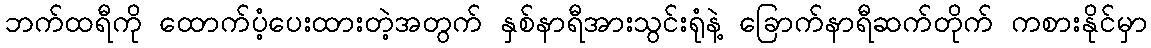
ဘက်ထရီကို ထောက်ပံ့ပေးထားတဲ့အတွက် နှစ်နာရီအားသွင်းရုံနဲ့ ခြောက်နာရီဆက်တိုက် ကစားနိုင်မှာ